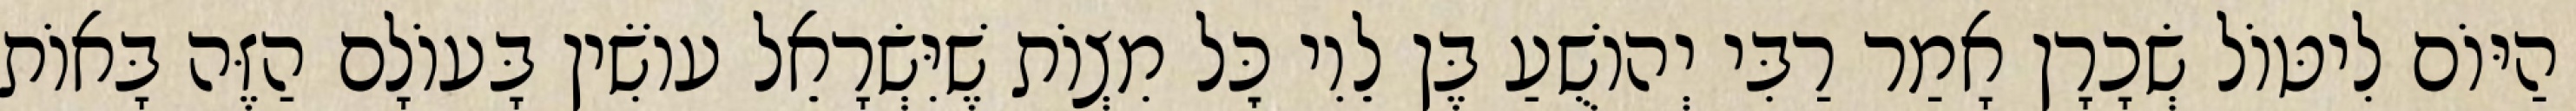
הַיּוֹם לִיטּוֹל שְׂכָרָן אָמַר רַבִּי יְהוֹשֻׁעַ בֶּן לֵוִי כׇּל מִצְוֹת שֶׁיִּשְׂרָאֵל עוֹשִׂין בָּעוֹלָם הַזֶּה בָּאוֹת